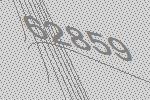
62859